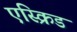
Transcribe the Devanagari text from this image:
एस्क्रिड